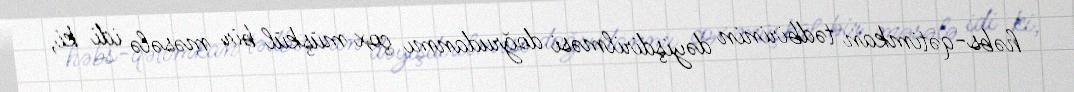
həbs-qətimkan tədbirinin dəyişdirilməsi doğrudanmı çox müşkül bir məsələ idi ki,